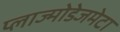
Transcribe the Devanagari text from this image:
प्लाज्मोडेजमेटा